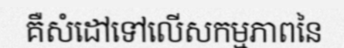
គឺសំដៅទៅលើសកម្មភាពនៃ